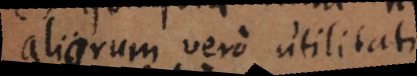
aliorum vero utilitati.